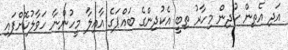
އަދި އެތިން ކުދިން މިހާރު ތިބީ އެކުދިންގެ ބައްޕަގެ އާއިލާ މީހުންނާ ހަވާލުކޮށްފައި